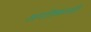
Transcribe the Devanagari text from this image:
अगतिकताही